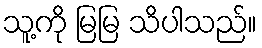
သူ့ကို မြမြ သိပါသည်။